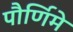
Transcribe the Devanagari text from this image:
पौर्णिमे